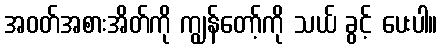
အဝတ်အစားအိတ်ကို ကျွန်တော့်ကို သယ် ခွင့် ပေးပါ။